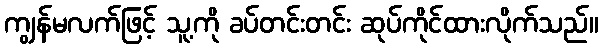
ကျွန်မလက်ဖြင့် သူ့ကို ခပ်တင်းတင်း ဆုပ်ကိုင်ထားလိုက်သည်။